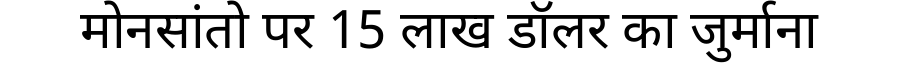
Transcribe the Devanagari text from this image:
मोनसांतो पर 15 लाख डॉलर का जुर्माना